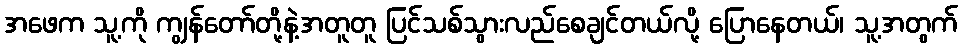
အဖေက သူ့ကို ကျွန်တော်တို့နဲ့အတူတူ ပြင်သစ်သွားလည်စေချင်တယ်လို့ ပြောနေတယ်၊ သူ့အတွက်